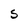
Character: S